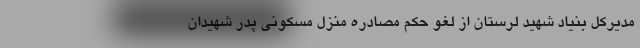
مدیرکل بنیاد شهید لرستان از لغو حکم مصادره منزل مسکونی پدر شهیدان